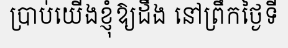
ប្រាប់យើងខ្ញុំឱ្យដឹង នៅព្រឹកថ្ងៃទី